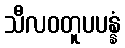
သီလဝတူပပန္နံ